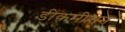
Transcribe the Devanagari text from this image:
डीकमीशन